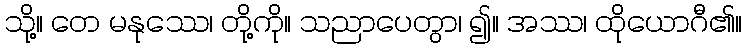
သို့။ တေ မနုဿေ၊ တို့ကို။ သညာပေတွာ၊ ၍။ အဿ၊ ထိုယောဂီ၏။